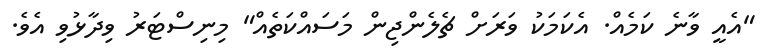
"އެއީ ވާނެ ކަމެއް. އެކަމަކު ވަރަށް ޗެލެންޖިން މަސައްކަތެއް" މިނިސްޓަރު ވިދާޅުވި އެވެ.